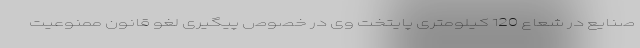
صنایع در شعاع 120 کیلومتری پایتخت وی در خصوص پیگیری لغو قانون ممنوعیت